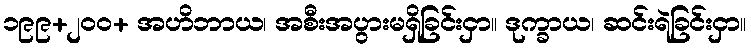
၁၉၉+၂၀၀+ အဟိဘာယ၊ အစီးအပွားမရှိခြင်းငှာ။ ဒုက္ခာယ၊ ဆင်းရဲခြင်းငှာ။